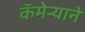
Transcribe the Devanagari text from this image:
कॅमेऱ्याने